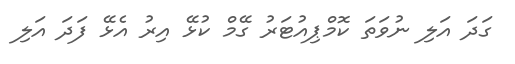
ގަދަ އަލި ނުވަތަ ކޮމްޕިއުޓަރު ގޭމް ކުޅޭ އިރު އެޅޭ ފަދަ އަލި